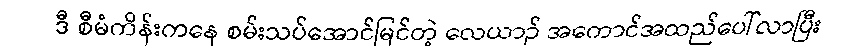
ဒီ စီမံကိန်းကနေ စမ်းသပ်အောင်မြင်တဲ့ လေယာဉ် အကောင်အထည်ပေါ်လာပြီး